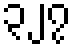
၃၂၇